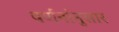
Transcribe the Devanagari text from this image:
वर्णनांनुसार